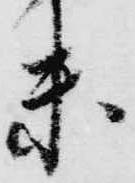
未